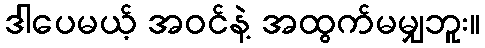
ဒါပေမယ့် အဝင်နဲ့ အထွက်မမျှဘူး။